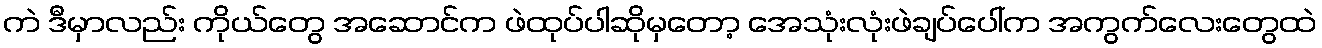
ကဲ ဒီမှာလည်း ကိုယ်တွေ အဆောင်က ဖဲထုပ်ပါဆိုမှတော့ အေသုံးလုံးဖဲချပ်ပေါ်က အကွက်လေးတွေထဲ